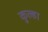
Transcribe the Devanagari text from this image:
कुल्हा